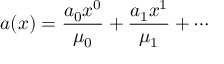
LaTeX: a ( x ) = { \frac { a _ { 0 } x ^ { 0 } } { \mu _ { 0 } } } + { \frac { a _ { 1 } x ^ { 1 } } { \mu _ { 1 } } } + \cdots